Papaver somniferum - Opium : an extract from the sixth volume of the Dictionary of Economic Products of India
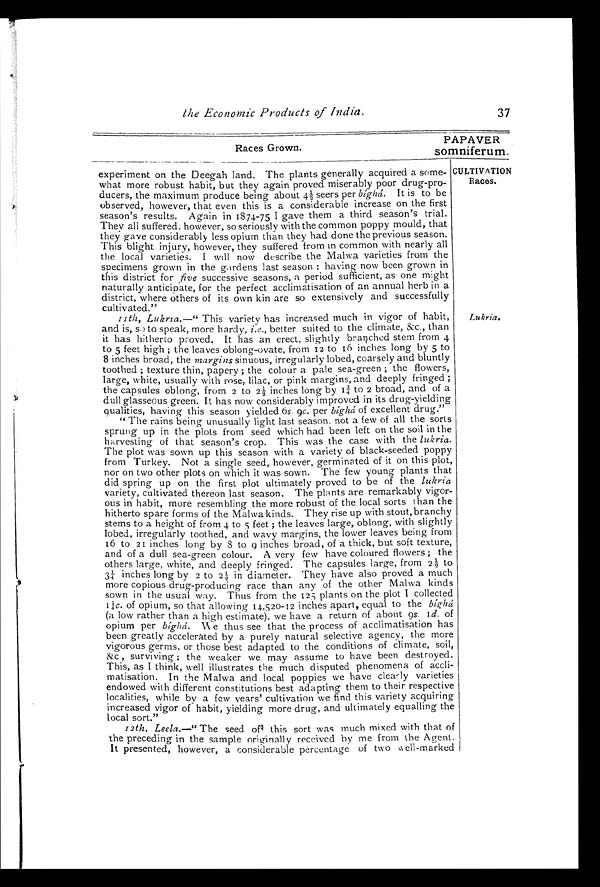
the Economic Products of India.
37
Races Grown.
PAPAVER
somniferum.
CULTIVATION
Races.
experiment on the Deegah land. The plants generally acquired a some
- ¶
what more robust habit, but they again proved miserably poor drug-pro
- ¶
ducers, the maximum produce being about 4½ seers per bíghá. It is to be
¶
observed, however, that even this is a considerable increase on the first
¶
season's results. Again in 1874-75 I gave them a third season's trial.
¶
They all suffered, however, so seriously with the common poppy mould, that
¶
they gave considerably less opium than they had done the previous season.
¶
This blight injury, however, they suffered from in common with nearly all
¶
the local varieties. I will now describe the Malwa varieties from the
¶
specimens grown in the gardens last season : having now been grown in
¶
this district for five successive seasons, a period sufficient, as one might
¶
naturally anticipate, for the perfect acclimatisation of an annual herb in a
¶
district, where others of its own kin are so extensively and successfully
¶
cultivated."
11th, Lukria.—" This variety has increased much in vigor of habit,
¶
and is, so to speak, more hardy, i.e., better suited to the climate, &c., than
¶
it has hitherto proved. It has an erect, slightly branched stem from 4
¶
to 5 feet high ; the leaves oblong-ovate, from 12 to 16 inches long by 5 to
¶
8 inches broad, the margins sinuous, irregularly lobed, coarsely and bluntly
¶
toothed ; texture thin, papery ; the colour a pale sea-green ; the flowers,
¶
large, white, usually with rose, lilac, or pink margins, and deeply fringed ;
¶
the capsules oblong, from 2 to 2½ inches long by 1¾ to 2 broad, and of a
¶
dull glasseous green. It has now considerably improved in its drug-yielding
¶
qualities, having this season yielded 6 s. 9 c. per bíghá of excellent drug."
"The rains being unusually light last season. not a few of all the sorts
¶
sprung up in the plots from seed which had been left on the soil in the
¶
harvesting of that season's crop. This was the case with the lukria.
¶
The plot was sown up this season with a variety of black-seeded poppy
¶
from Turkey. Not a single seed, however, germinated of it on this plot,
¶
nor on two other plots on which it was sown. The few young plants that
¶
did spring up on the first plot ultimately proved to be of the lukria
¶
variety, cultivated thereon last season. The plants are remarkably vigor-
- ¶
ous in habit, more resembling the more robust of the local sorts than the
¶
hitherto spare forms of the Malwa kinds. They rise up with stout, branchy
¶
stems to a height of from 4 to 5 feet ; the leaves large, oblong, with slightly
¶
lobed, irregularly toothed, and wavy margins, the lower leaves being from
¶
16 to 21 inches long by 8 to 9 inches broad, of a thick, but soft texture,
¶
and of a dull sea-green colour. A very few have coloured flowers ; the
¶
others large, white, and deeply fringed. The capsules large, from 2½ to
¶
3¼ inches long by 2 to 2½ in diameter. They have also proved a much
¶
more copious drug-producing race than any of the other Malwa kinds
¶
sown in the usual way. Thus from the 125 plants on the plot I collected
¶
1¼c . of opium, so that allowing 14,520-12 inches apart, equal to the b í g h á ¶
(a low rather than a high estimate), we have a return of about 9 s. Id. of
¶
opium per bíghá. We thus see that the process of acclimatisation has
¶
been greatly accelerated by a purely natural selective agency, the more
¶
vigorous germs, or those best adapted to the conditions of climate, soil,
¶
&c, surviving ; the weaker we may assume to have been destroyed.
¶
This, as I think, well illustrates the much disputed phenomena of accli
- ¶
matisation. In the Malwa and local poppies we have clearly varieties
¶
endowed with different constitutions best adapting them to their respective
¶
localities, while by a few years' cultivation we find this variety acquiring
¶
increased vigor of habit, yielding more drug, and ultimately equalling the
¶
local sort."
Lukria.
12th, Leela.—" The seed of this sort was much mixed with that of
¶
the preceding in the sample originally received by me from the Agent.
¶
It presented, however, a considerable percentage of two well-marked